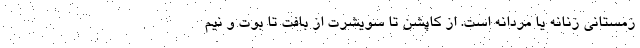
زمستانی زنانه یا مردانه است. از کاپشن تا سویشرت از بافت تا بوت و نیم